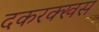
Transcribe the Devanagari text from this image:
दकरक्खस